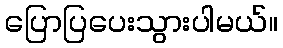
ပြောပြပေးသွားပါမယ်။